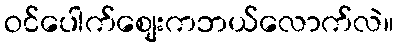
ဝင်ပေါက်စျေးကဘယ်လောက်လဲ။